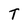
Character: T